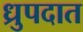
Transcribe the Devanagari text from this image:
ध्रुपदात